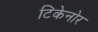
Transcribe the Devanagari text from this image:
टिकेनोर